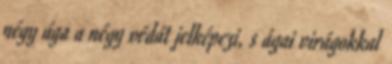
négy ága a négy védát jelképezi, s ágai virágokkal